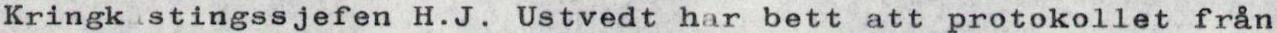
Kringk stingssjefen H.J. Ustvedt har bett att protokollet från